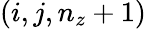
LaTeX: (i,j,n_{z}+1)